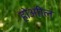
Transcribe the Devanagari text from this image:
होआील